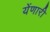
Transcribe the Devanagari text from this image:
येंणारी